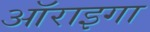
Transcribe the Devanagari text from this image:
ऑराइगा